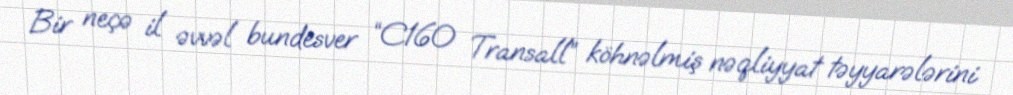
Bir neçə il əvvəl bundesver “C160 Transall” köhnəlmiş nəqliyyat təyyarələrini